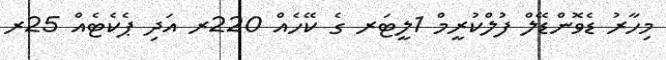
މިހާރު ޑެވޮންޑޭލް ފުލްކުރީމް 1ލީޓަރ ގެ ކޭހެއް 220ރ އަދި ޕެކެޓެއް 25ރ